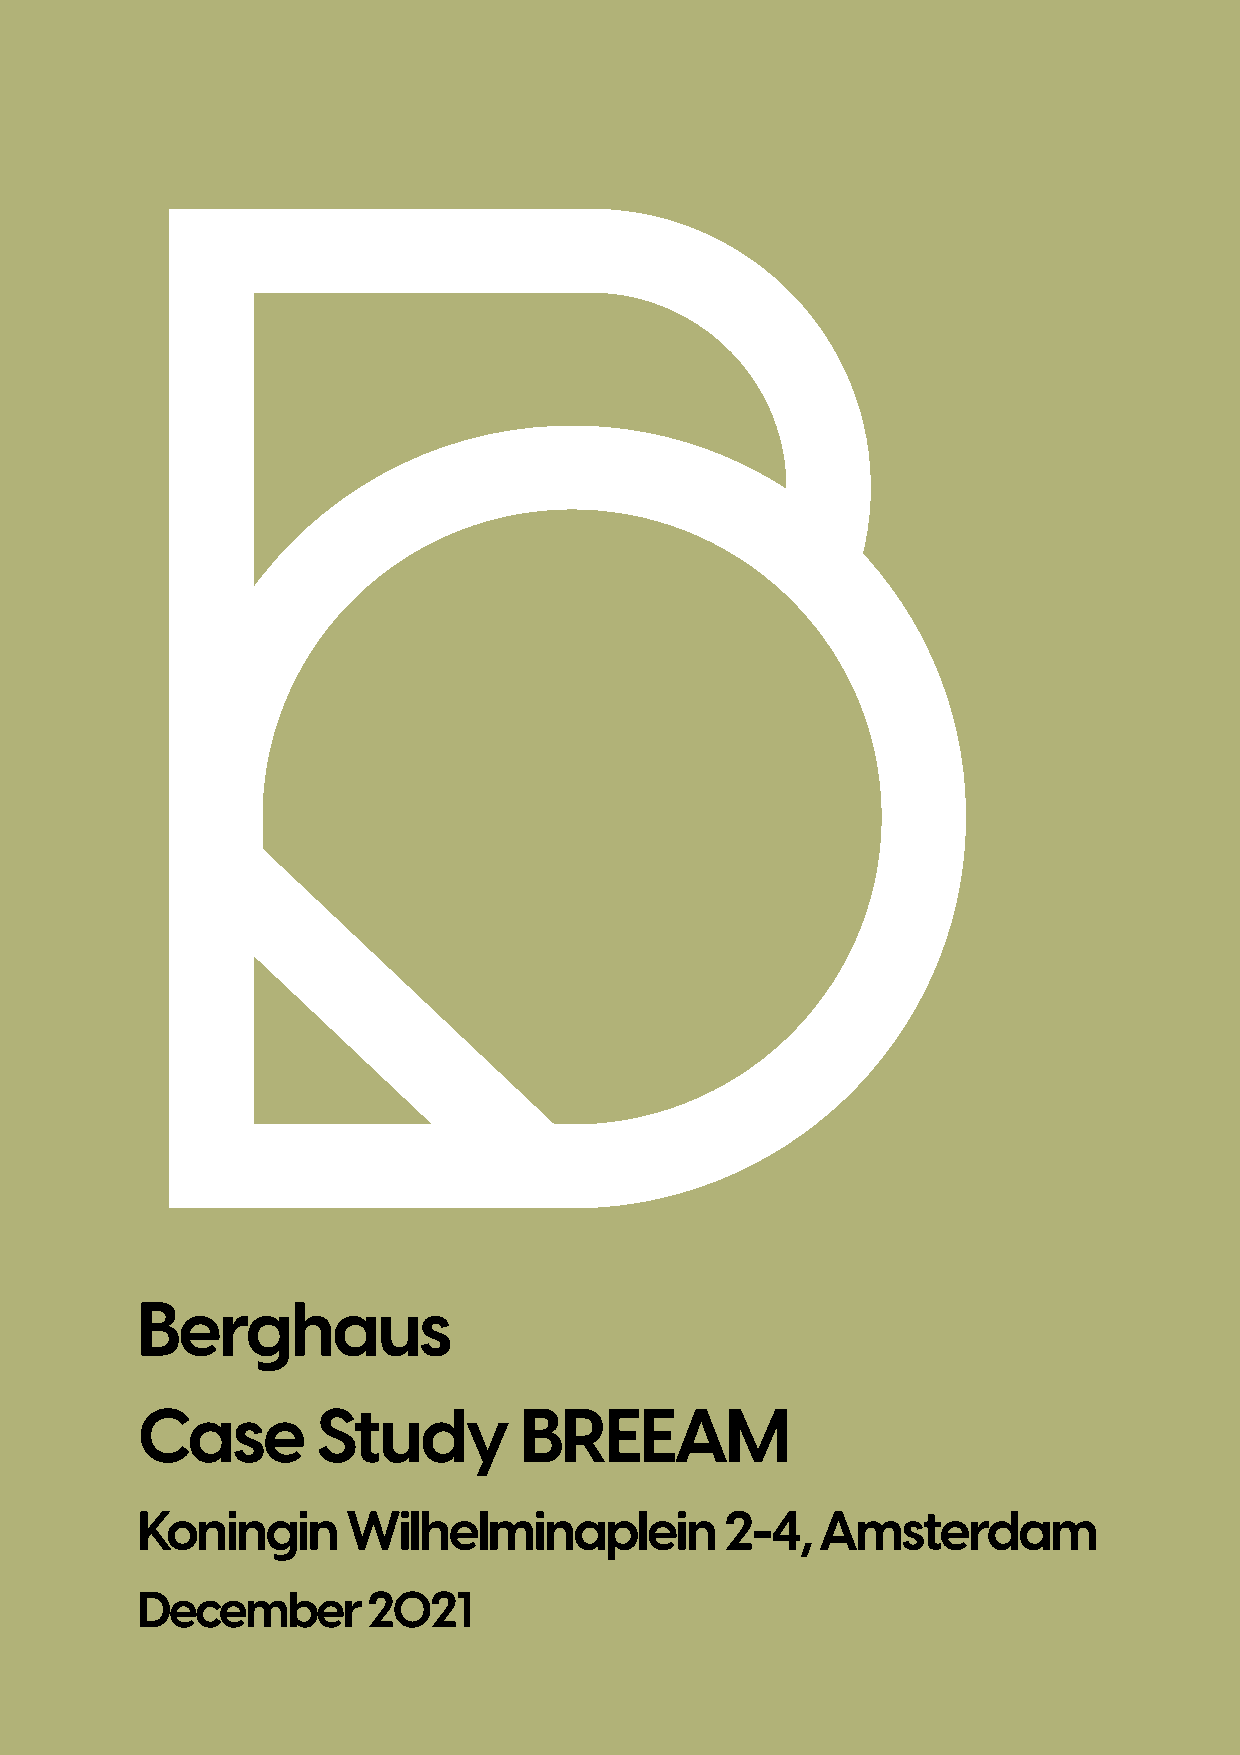
Berghaus
 Case        Study        BREEAM
 Koningin      Wilhelminaplein          2-4,  Amsterdam
 December       2021